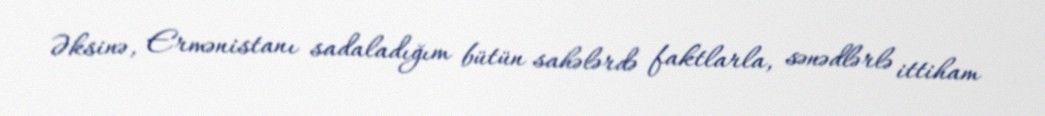
Əksinə, Ermənistanı sadaladığım bütün sahələrdə faktlarla, sənədlərlə ittiham